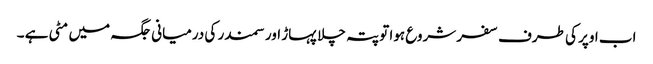
اب اوپر کی طرف سفر شروع ہوا تو پتہ چلا پہاڑ اور سمندر کی درمیانی جگہ میں مٹی ہے ۔